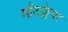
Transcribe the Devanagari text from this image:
माँटक्लेयर